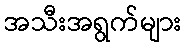
အသီးအရွက်များ